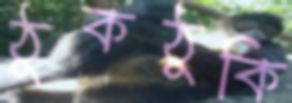
ঠুকঠুকি